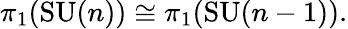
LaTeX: \pi_{1}(\mathrm{SU}(n))\cong\pi_{1}(\mathrm{SU}(n-1)).